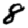
Digit: 8